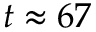
t \approx 6 7